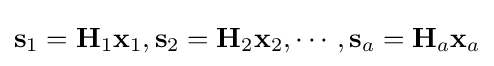
\mathbf {s} _{1}=\mathbf {H} _{1}\mathbf {x} _{1},\mathbf {s} _{2}=\mathbf {H} _{2}\mathbf {x} _{2},\cdots ,\mathbf {s} _{a}=\mathbf {H} _{a}\mathbf {x} _{a}